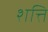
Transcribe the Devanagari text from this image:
शत्ति